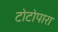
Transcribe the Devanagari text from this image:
टोटोपारा